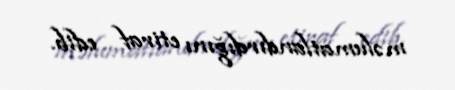
məlumatlandırdığını etiraf edib.